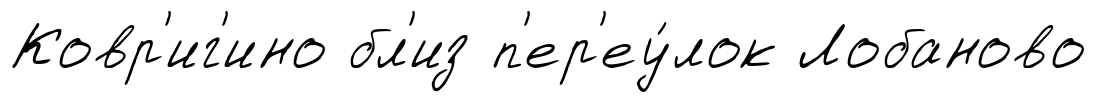
Ковр'иг'ино бл'из п'ер'еу́лок Лобаново